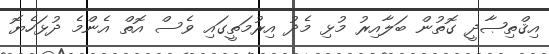
އިޤްތިޞާދީ ގޮތުން ބަލާއިރު މުޅި މެދު އިރުމަތީގައި ވެސް އޮތް އެންމެ ދުޅަހެޔޮ